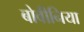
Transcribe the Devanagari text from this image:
बोवीनिया